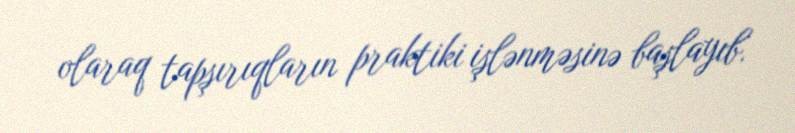
olaraq tapşırıqların praktiki işlənməsinə başlayıb.